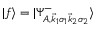
| f \rangle = | \Psi _ { A , \vec { k } _ { 1 } \sigma _ { 1 } \vec { k } _ { 2 } \sigma _ { 2 } } ^ { - } \rangle